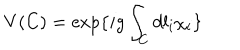
LaTeX: V ( C ) = \exp \{ i g \int _ { C } d l _ { i } \chi _ { i } \}